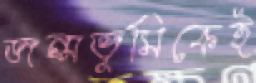
জন্মভূমিকেই